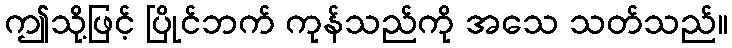
ဤသို့ဖြင့် ပြိုင်ဘက် ကုန်သည်ကို အသေ သတ်သည်။